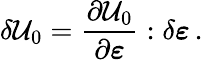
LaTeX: \delta\mathcal{U}_{0}={\frac{{\partial\mathcal{U}_{0}}}{{\partial{\boldsymbol{\varepsilon}}}}}:\delta{\boldsymbol{\varepsilon}}\, .